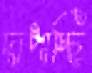
দাপাচ্ছি